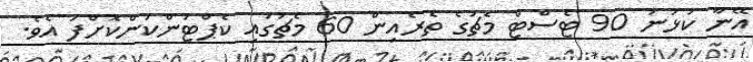
އޭނާ ކުޅުނު 90 ޓެސްޓް މެޗުގެ ތެރެއިން 60 މެޗުގައި ކެޕްޓަންކަންކޮށްފަ އެވެ.